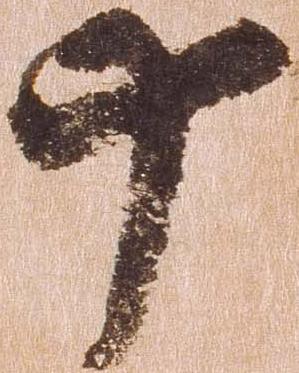
十